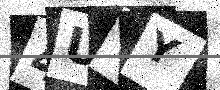
Text: 4UWY